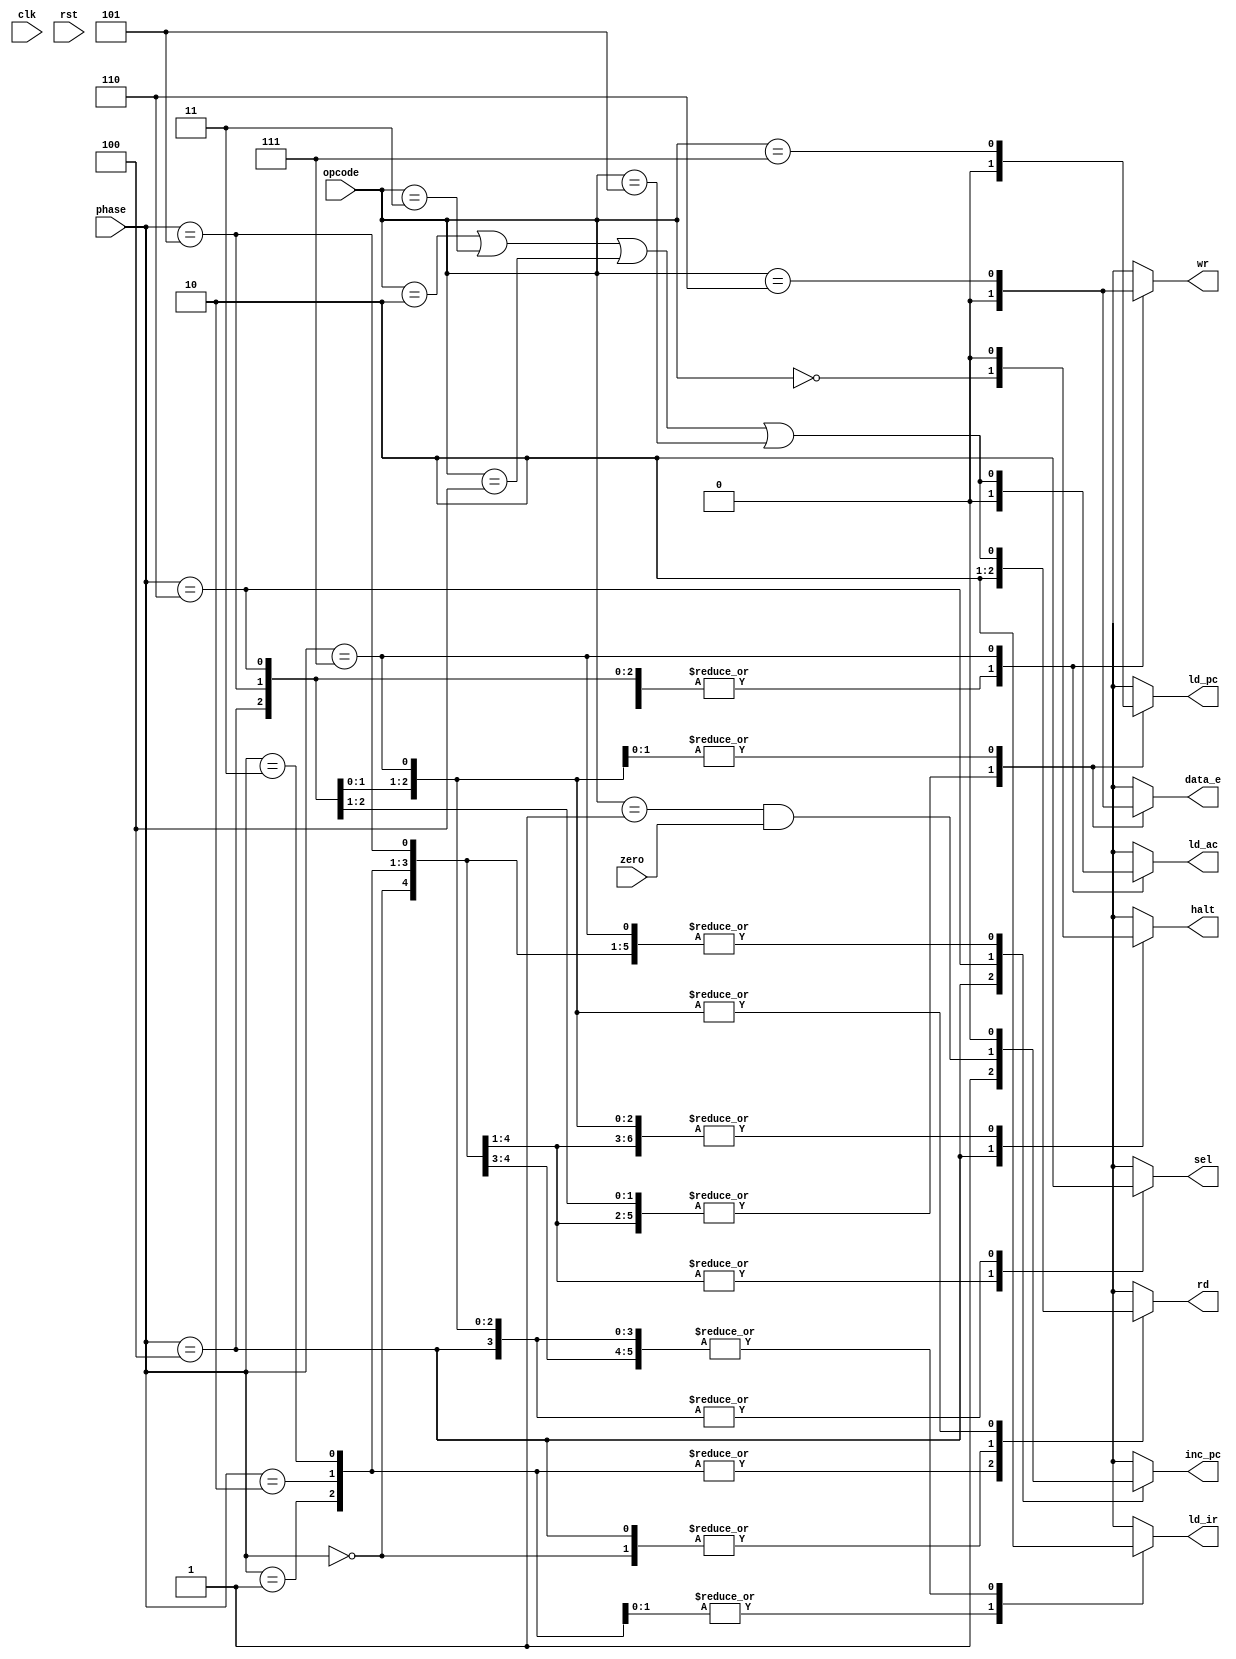
module controller (
  input  wire       zero, clk, rst, // rst and clock are missing on testbenching
  input  wire [2:0] opcode, phase,
  output reg        sel, rd, ld_ir, halt, inc_pc, ld_ac, wr, ld_pc, data_e
);

  // OPCODEs encoding
  localparam integer
    HLT=0,
    SKZ=1,
    ADD=2,
    AND=3,
    XOR=4,
    LDA=5,
    STO=6,
    JMP=7;

  // Phases encoding
  localparam integer
    INST_ADDR = 0,
    INST_FETCH = 1,
    INST_LOAD = 2,
    IDLE = 3,
    OP_ADDR = 4,
    OP_FETCH = 5,
    ALU_OP = 6,
    STORE = 7;

  // Execution cycle conditions
  reg HLT_COND, ALU_COND, SKZ_COND, JMP_COND, STO_COND;

  always @* begin

    // if (rst); begin // reset procedure end
    /* since the reset is unconditional, it doesn't make sense to implement */

    // Mapping conditions for execution cycle
    ALU_COND = opcode == ADD || opcode == AND || opcode == XOR || opcode == LDA;
    SKZ_COND = opcode == SKZ && zero;
    HLT_COND = opcode == HLT;
    JMP_COND = opcode == JMP;
    STO_COND = opcode == STO;

    case (phase)
      INST_ADDR :
        begin
          sel    = 1;
          rd     = 0;
          ld_ir  = 0;
          halt   = 0;
          inc_pc = 0;
          ld_ac  = 0;
          ld_pc  = 0;
          wr     = 0;
          data_e = 0;
        end
      INST_FETCH :
        begin
          sel    = 1;
          rd     = 1;
          ld_ir  = 0;
          halt   = 0;
          inc_pc = 0;
          ld_ac  = 0;
          ld_pc  = 0;
          wr     = 0;
          data_e = 0;
        end
      INST_LOAD :
        begin
          sel    = 1;
          rd     = 1;
          ld_ir  = 1;
          halt   = 0;
          inc_pc = 0;
          ld_ac  = 0;
          ld_pc  = 0;
          wr     = 0;
          data_e = 0;
        end
      IDLE :
        begin
          sel    = 1;
          rd     = 1;
          ld_ir  = 1;
          halt   = 0;
          inc_pc = 0;
          ld_ac  = 0;
          ld_pc  = 0;
          wr     = 0;
          data_e = 0;
        end
      OP_ADDR :
        begin
          sel    = 0;
          rd     = 0;
          ld_ir  = 0;
          halt   = HLT_COND;
          inc_pc = 1;
          ld_ac  = 0;
          ld_pc  = 0;
          wr     = 0;
          data_e = 0;
        end
      OP_FETCH :
        begin
          sel    = 0;
          rd     = ALU_COND;
          ld_ir  = 0;
          halt   = 0;
          inc_pc = 0;
          ld_ac  = 0;
          ld_pc  = 0;
          wr     = 0;
          data_e = 0;
        end
      ALU_OP :
        begin
          sel    = 0;
          rd     = ALU_COND;
          ld_ir  = 0;
          halt   = 0;
          inc_pc = SKZ_COND;
          ld_ac  = 0;
          ld_pc  = JMP_COND;
          wr     = 0;
          data_e = STO_COND;
        end
      STORE :
        begin
          sel    = 0;
          rd     = ALU_COND;
          ld_ir  = 0;
          halt   = 0;
          inc_pc = 0;
          ld_ac  = ALU_COND;
          ld_pc  = JMP_COND;
          wr     = STO_COND;
          data_e = STO_COND;
        end
      // default is phase 0 (INST_ADDR or reset phase)
      default :
        begin
          sel = 1;
          {rd, ld_ir, halt, inc_pc, ld_ac, ld_pc, wr, data_e} = 0;
        end
    endcase
  end
endmodule